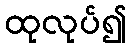
ထုလုပ်၍